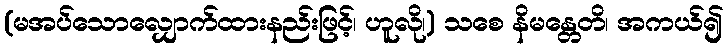
(မအပ်သောလျှောက်ထားနည်းဖြင့်၊ ဟူလို၊) သစေ နိမန္တေတိ၊ အကယ်၍